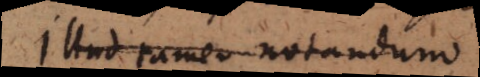
Illud tamen notandum